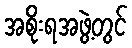
အစိုးရအဖွဲ့တွင်